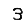
Digit: 3